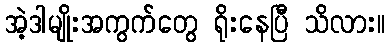
အဲ့ဒါမျိုးအကွက်တွေ ရိုးနေပြီ သိလား။